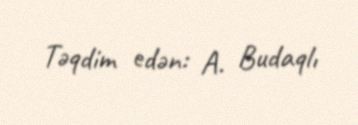
Təqdim edən: A. Budaqlı